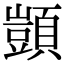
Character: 顗